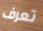
تعرف